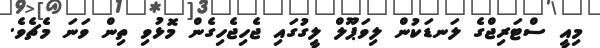
މިއީ ސްޓަރިޖްގެ ލަނޑަކުން ލިވަޕޫލް ލީގުގައި ޖެހިޖެހިގެން މޮޅުވި ތިން ވަނަ މެޗެވެ.